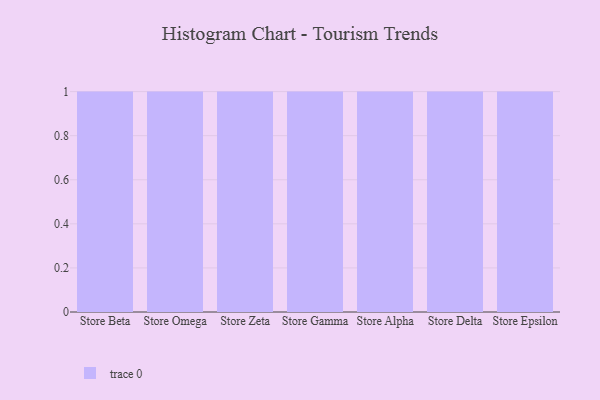
{"axis": {"x": "Store", "y": "Budget (USD K)"}, "legend": [""], "data": [{"x": "Store Beta", "y": 27, "type": ""}, {"x": "Store Omega", "y": 54, "type": ""}, {"x": "Store Zeta", "y": 82, "type": ""}, {"x": "Store Gamma", "y": 43, "type": ""}, {"x": "Store Alpha", "y": 74, "type": ""}, {"x": "Store Delta", "y": 36, "type": ""}, {"x": "Store Epsilon", "y": 92, "type": ""}]}